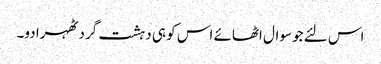
اس لئے جو سوال اٹھائے اس کو ہی دہشت گرد ٹھہرا دو۔